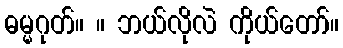
ဓမ္မဂုတ်။ ။ ဘယ်လိုလဲ ကိုယ်တော်။